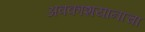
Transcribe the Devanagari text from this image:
अवकाशयानाचा